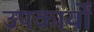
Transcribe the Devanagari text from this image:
उपकार्यों